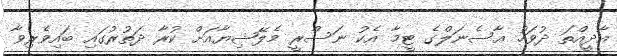
އާދީއްތަ ދުވަހު އާސެނަލްގެ ޓީމާ އެކު ނަސްރީ މެލޭޝިޔާއަށް ކުރާ ދަތުރުގައި ބައިވެރިވާ